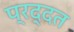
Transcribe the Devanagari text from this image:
प्रद्दत